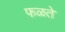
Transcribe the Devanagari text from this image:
फळते